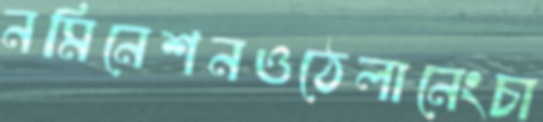
নমিনেশনওঠেলানেংচা